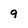
Character: 9